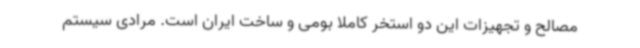
مصالح و تجهیزات این دو استخر کاملاً بومی و ساخت ایران است. مرادی سیستم